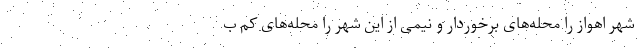
شهر اهواز را محله‌های برخوردار و نیمی از این شهر را محله‌های کم ب